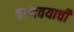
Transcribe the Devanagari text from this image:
वाचावयाचीं